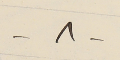
-٨-